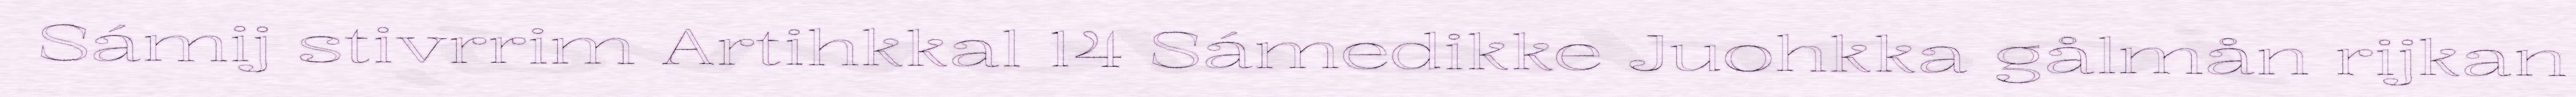
Sámij stivrrim Artihkkal 14 Sámedikke Juohkka gålmån rijkan